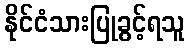
နိုင်ငံသားပြုခွင့်ရသူ